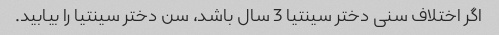
اگر اختلاف سنی دختر سینتیا 3 سال باشد، سن دختر سینتیا را بیابید.